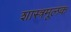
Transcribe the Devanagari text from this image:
शास्त्रमूलक